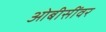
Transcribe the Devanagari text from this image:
ओबीसींवर